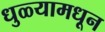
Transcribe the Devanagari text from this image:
धुळ्यामधून